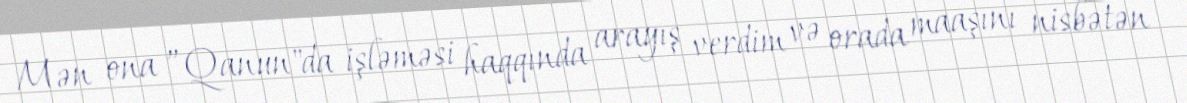
Mən ona ”Qanun"da işləməsi haqqında arayış verdim və orada maaşını nisbətən